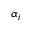
\alpha _ { i }